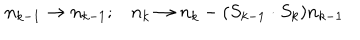
\begin{array} { c c } { { n _ { k - 1 } \rightarrow n _ { k - 1 } ; } } & { { n _ { k } \rightarrow n _ { k } - ( S _ { k - 1 } \cdot S _ { k } ) n _ { k - 1 } } } \\ \end{array}